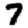
Digit: 7